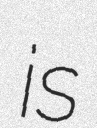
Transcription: is